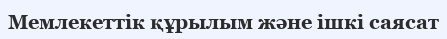
Мемлекеттік құрылым және ішкі саясат